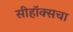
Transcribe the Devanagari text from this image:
सीहॉक्सचा